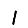
Digit: 1